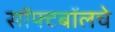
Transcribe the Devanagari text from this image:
सॉफ्टबॉलचे